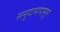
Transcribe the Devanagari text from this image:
समुदायापासून